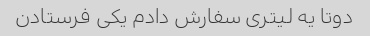
دوتا یه لیتری سفارش دادم یکی فرستادن